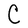
Character: C